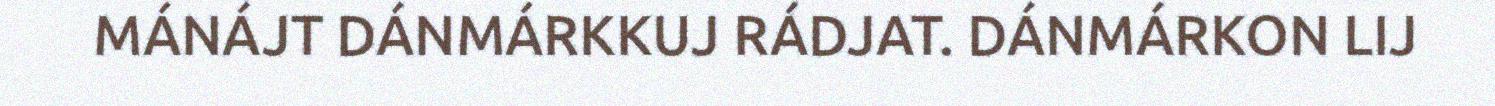
MÁNÁJT DÁNMÁRKKUJ RÁDJAT. DÁNMÁRKON LIJ